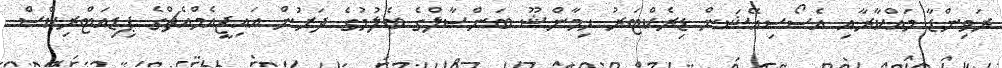
ރަވިންޑާ މައްކާރާއި އެސޯސިއޭޝަން ޑިރެކްޓަރު ހިމާންޝޫ ބަންސާލްގެ ބެލުމުގެ ދަށުން އައިޖީއެމްއެޗްގެ ޕިޑިއަޓްރިކްސް